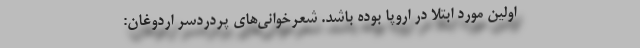
اولین مورد ابتلا در اروپا بوده باشد. شعرخوانی‌های پردردسر اردوغان: